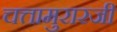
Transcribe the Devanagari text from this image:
चत्तामुरारजी